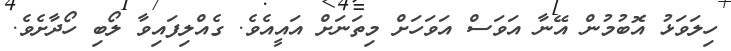
ހިލަވަޅު އޮބުމުން އޭނާ އަވަސް އަވަހަށް މިތަނަށް އައީއެވެ. ގެއްލިފައިވާ ލޯބި ހޯދާށެވެ.